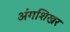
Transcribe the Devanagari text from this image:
अंगशिखर